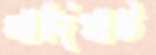
গাদিঘাট